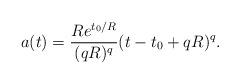
LaTeX: \begin{align*}a(t)=\frac{Re^{t_{0}/R}}{(qR)^{q}}(t-t_{0}+qR)^{q}.\end{align*}